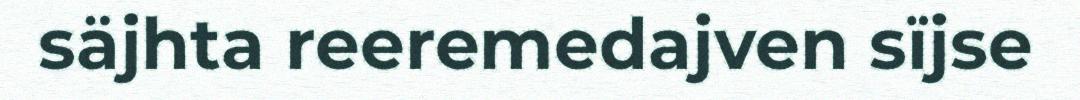
säjhta reeremedajven sïjse